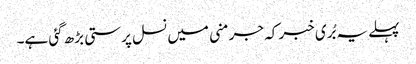
پہلے یہ بُری خبر کہ جرمنی میں نسل پرستی بڑھ گئی ہے۔